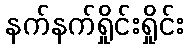
နက်နက်ရှိုင်းရှိုင်း